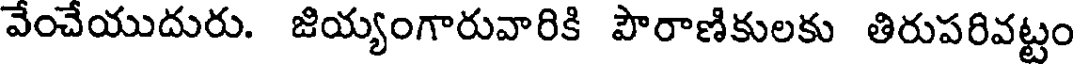
వేంచేయుదురు. జియ్యంగారువారికి పౌరాణికులకు తిరుపరివట్టం